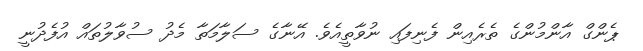
ޕެންގް އާންމުންގެ ތެރެއިން ފެނިފައި ނުވާތީއެވެ. އޭނާގެ ސަލާމަތާ މެދު ސުވާލުތައް އުފެދުނީ